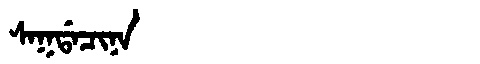
Manchu: ᠰᠠᡴᡩᠠᠴᡳᠨᠠ
Romanization: SAKDACINA